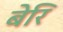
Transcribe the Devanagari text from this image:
बेरि